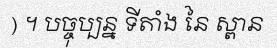
) ។ បច្ចុប្បន្ន ទីតាំង នៃ ស្ពាន